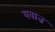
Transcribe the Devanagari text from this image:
यवान्न